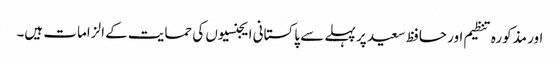
اور مذکورہ تنظیم اور حافظ سعید پر پہلے سے پاکستانی ایجنسیوں کی حمایت کے الزامات ہیں۔